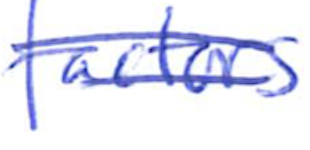
Text: factors
Cross-out: double-line
Writing tool: ballpoint